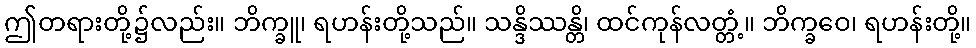
ဤတရားတို့၌လည်း။ ဘိက္ခူ၊ ရဟန်းတို့သည်။ သန္ဒိဿန္တိ၊ ထင်ကုန်လတ္တံ့။ ဘိက္ခဝေ၊ ရဟန်းတို့။